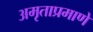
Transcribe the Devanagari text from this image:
अमृताप्रमाणे